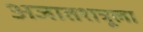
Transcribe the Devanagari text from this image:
अजातशत्रूला